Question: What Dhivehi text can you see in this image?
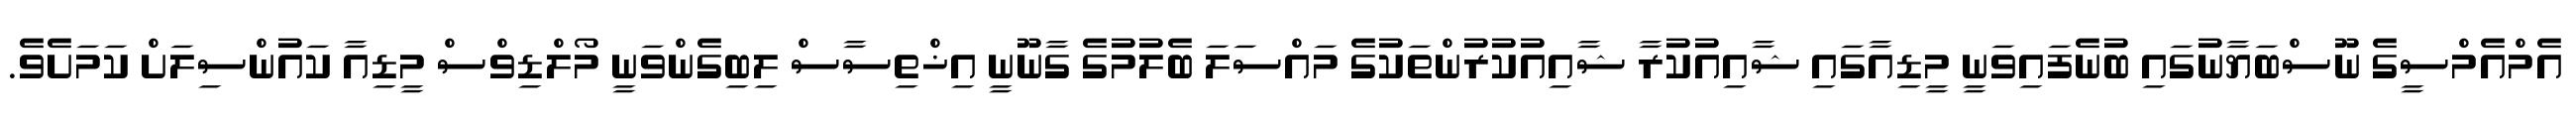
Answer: އެމްއެމްސީގެ ނޫސްބަޔާނުގައި ބުނެފައިވަނީ މީޑިއާގައި ޝާއިއުކުރާ ޝާއިއުކުރުންތަކުގެ މައްސަލަ ބެލުމުގެ ގާނޫނީ އިޚްތިސާސް ލިބިގެންވަނީ މޯލްޑިވްސް މީޑިއާ ކައުންސިލަށް ކަމަށެވެ.